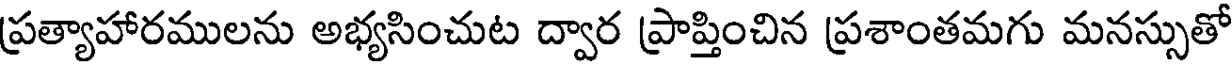
ప్రత్యాహారములను అభ్యసించుట ద్వార ప్రాప్తించిన ప్రశాంతమగు మనస్సుతో